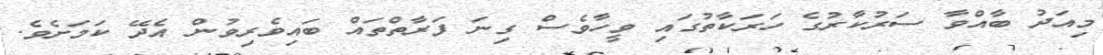
މިއަދު ބާއްވާ ސަރުކާރުގެ ހަރަކާތުގައި ވީހާވެސް ގިނަ ފަރާތްތައް ބައިވެރިވުން އެދޭ ކަމަށެވެ.